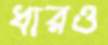
ধারও